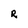
Character: R